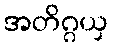
အတိဂ္ဂယှ